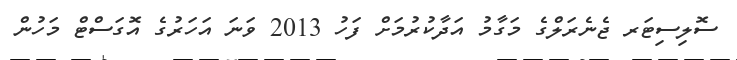
ސޮލިސިޓަރ ޖެނެރަލްގެ މަގާމު އަދާކުރުމަށް ފަހު 2013 ވަނަ އަހަރުގެ އޮގަސްޓް މަހުން